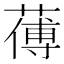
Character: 𦺉